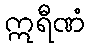
ဣရီဏံ